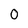
Character: 0